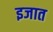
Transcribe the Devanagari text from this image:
इजात